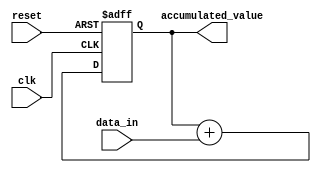
module simple_accumulator(
    input clk,
    input reset,
    input [7:0] data_in,
    output reg [15:0] accumulated_value
);

reg [15:0] accumulator_reg;
wire [15:0] adder_out;

assign adder_out = accumulator_reg + data_in;

always @(posedge clk or posedge reset) begin
    if (reset) begin
        accumulator_reg <= 16'h0000;
    end else begin
        accumulator_reg <= adder_out;
    end
end

assign accumulated_value = accumulator_reg;

endmodule